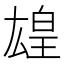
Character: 𬐋